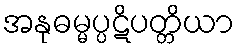
အနုဓမ္မပ္ပဋိပတ္တိယာ